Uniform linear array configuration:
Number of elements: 64
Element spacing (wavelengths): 1
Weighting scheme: hann
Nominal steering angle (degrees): -45
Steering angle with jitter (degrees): -45.375
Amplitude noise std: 0.05
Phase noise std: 0.05

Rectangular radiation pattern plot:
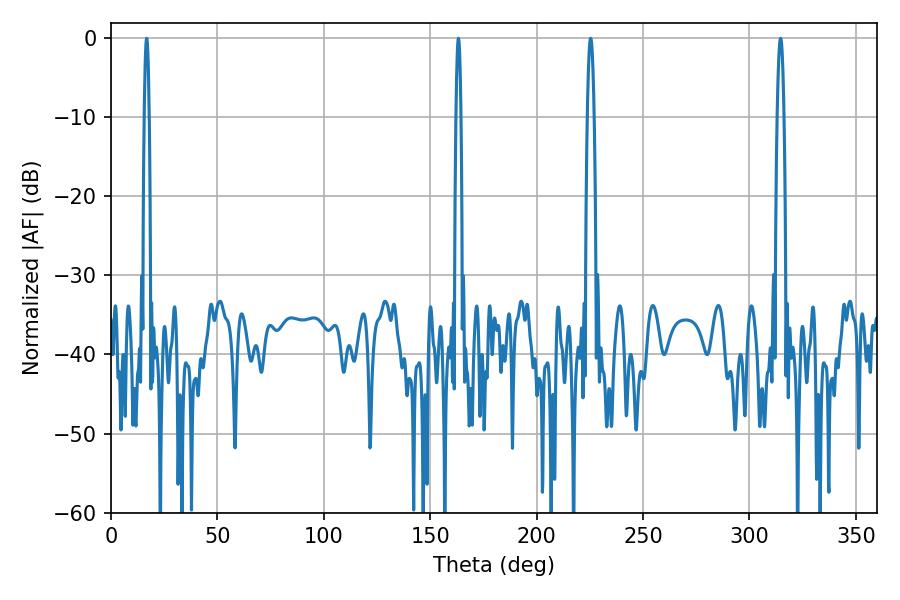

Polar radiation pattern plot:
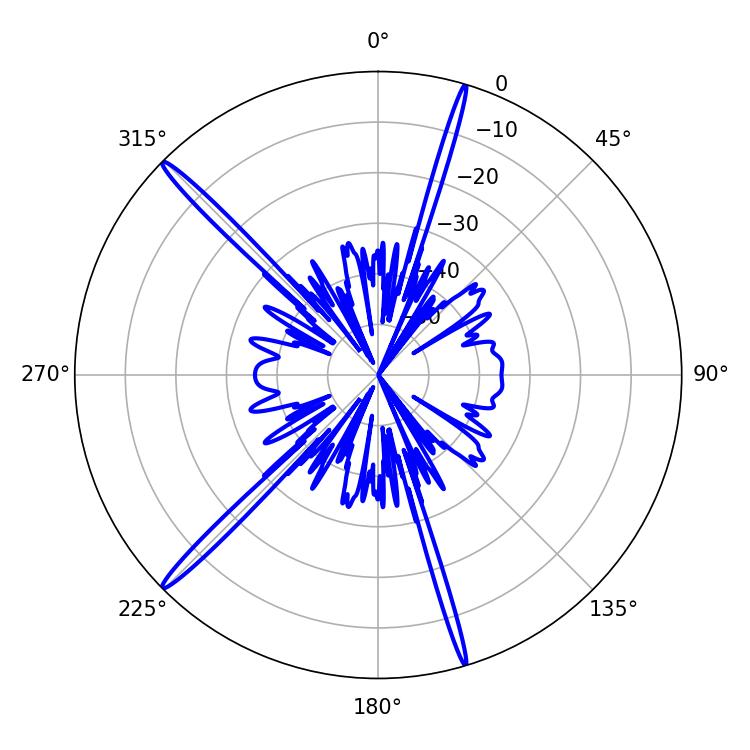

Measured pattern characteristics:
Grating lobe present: TRUE
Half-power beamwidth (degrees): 1.8
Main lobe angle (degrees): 225.36